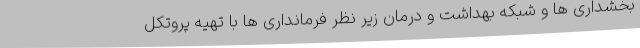
بخشداری ها و شبکه بهداشت و درمان زیر نظر فرمانداری ها با تهیه پروتکل